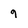
Character: q